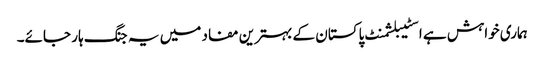
ہماری خواہش ہے اسٹیبلشمنٹ پاکستان کے بہترین مفاد میں یہ جنگ ہار جائے۔